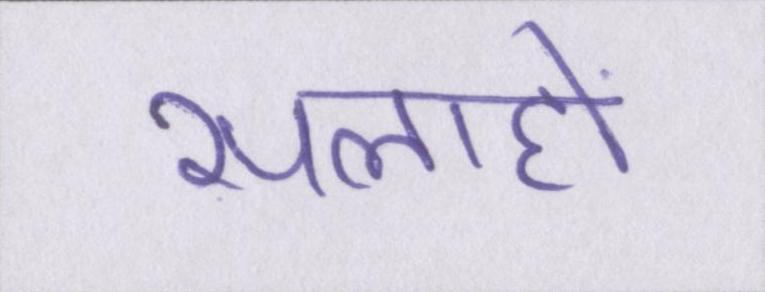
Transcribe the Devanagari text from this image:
सलाहों